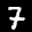
Label: 7